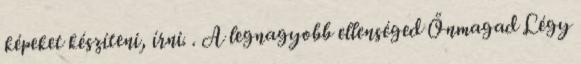
képeket készíteni, írni. . A legnagyobb ellenséged Önmagad Légy